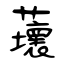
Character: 蘾